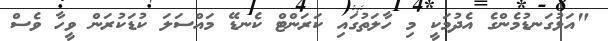
"އަޅުގަނޑުމެންގެ އެދުމަކީ މި ހާލަތުގައި ކަރަންޓް ކެނޑޭ މައްސަލަ ކުޑަކުރަން ވީހާ ވެސް